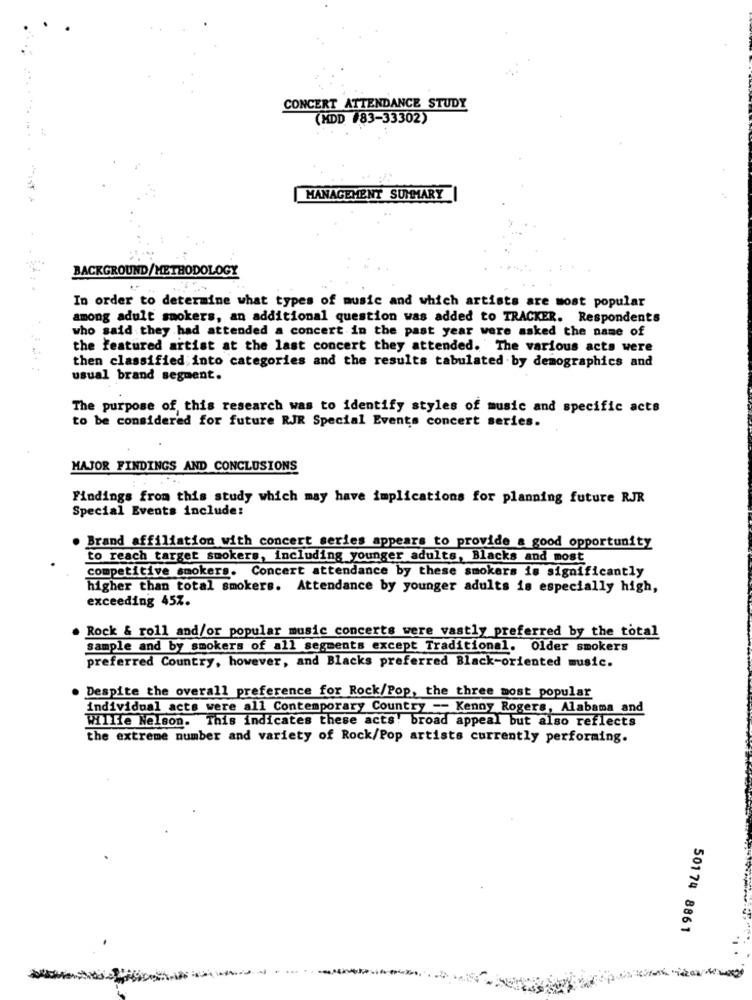
CONCERT ATTENDANCE STUDY
(HDD #83-33302)
MANAGEMENT SUMMARY
BACKGROUND/METHODOLOGY
In order to determine what types of music and which artists are most popular
among adult smokers, an additional question was added to TRACKER. Respondents
who said they had attended a concert in the past year were asked the name of
the featured artist at the last concert they attended. The various acts were
then classified into categories and the results tabulated by demographics and
usual brand segment.
The purpose of this research was to identify styles of music and specific acts
to be considered for future RJR Special Events concert series.
MAJOR FINDINGS AND CONCLUSIONS
Findings from this study which may have implications for planning future RJR
Special Events include:
Brand affiliation with concert series appears to provide a good opportunity
to reach target smokers, including younger adults, Blacks and most
competitive smokers. Concert attendance by these smokers is significantly
higher than total smokers. Attendance by younger adults is especially high,
exceeding 45Z.
Rock & roll and/or popular music concerts were vastly preferred by the total
sample and by smokers of all segments except Traditional. Older smokers
preferred Country, however, and Blacks preferred Black-oriented music.
Despite the overall preference for Rock/Pop, the three most popular
individual acts were all Contemporary Country == Kenny Rogers, Alabama and
Willie Nelson. This indicates these acts! broad appeal but also reflects
the extreme number and variety of Rock/Pop artists currently performing.
50174 8861